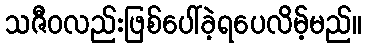
သဇီဝလည်းဖြစ်ပေါ်ခဲ့ရပေလိမ့်မည်။